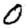
Digit: 0